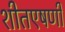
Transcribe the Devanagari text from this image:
शीतएषणी